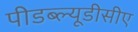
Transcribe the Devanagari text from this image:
पीडब्ल्यूडीसीए